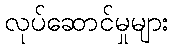
လုပ်ဆောင်မှုများ